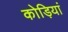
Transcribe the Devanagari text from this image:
कोड़ियां